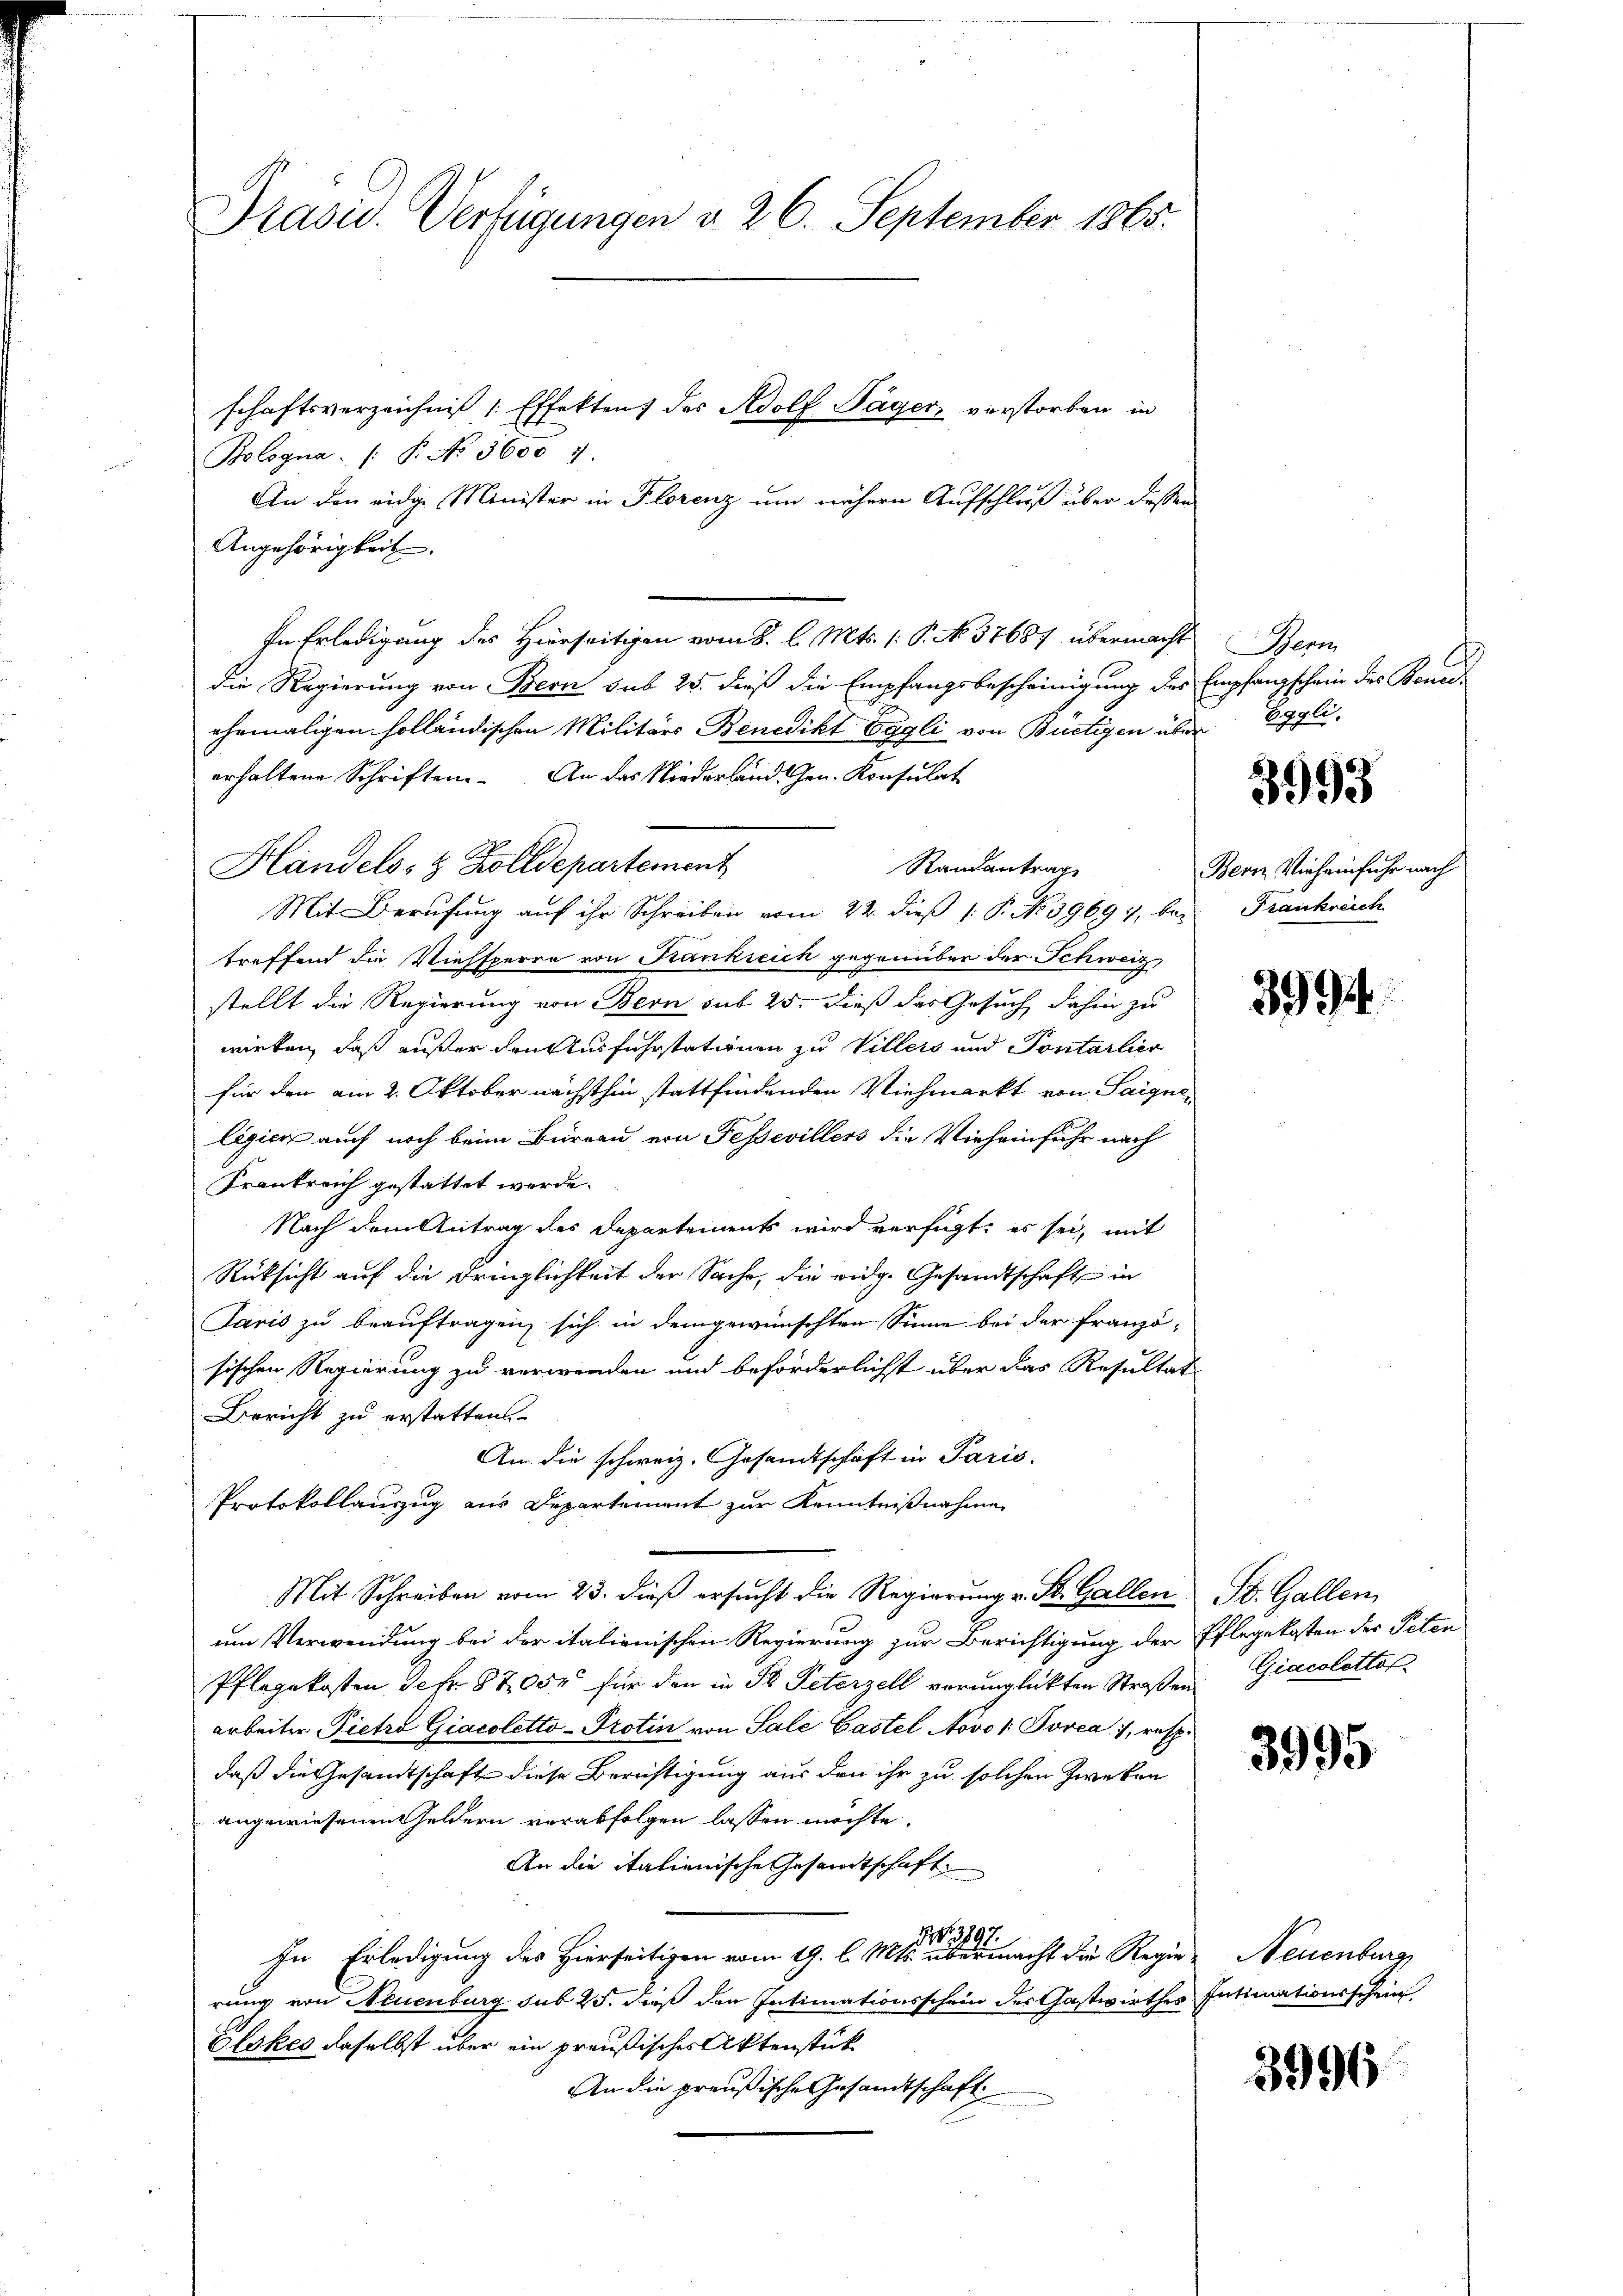
Präsid. Verfügungen d. 26. September 1865.

Bologna /: P. No 5600 1.
An den eidge Minister in Florenz um nähern Aufschluß über dessen
Angehörigkeit.
In Erledigung des Hierseitigen vom 8. l. Mts. 1. P. N. 37687 übermacht Bern
die Regierung von Bern sub 25. dieß die Empfangsbescheinigung des Empfangschein des Bonn-
ehemaligen holländischen Militärs Benedikt Eggli von Bürtigen über Egglierhaltene Schriften. An das Niederlandten. Konsulat
Handels- & Zolldepartement
Randantrag
Mit Berufung auf ihr Schreiben vom 22. dieß P. No. 39699, bei Frankreich
treffend die Viehsperre von Kankreich gegenüber der Schweiz
stellt die Regierung von Bern sub 25. dieß das Gesuch dahin zu
wirken, daß außer den Ausfuhrstationen zu Villers und Pontarlier
für den am 2. Oktober nächsthin stattfindenden Viehmarkt von Saignelegien auch noch beim Büreau von Fessevillers die Vieheinfuhr nach
Frankreich gestattet werde.
Nach dem Antrag des Departements wird verfügt, es sei, mit
Rücksicht auf die Dringlichkeit der Sache, die eidg. Gesandtschaft in
Paris zu beauftragen sich in demgewünschten Sinne bei der franzö-
sischen Regierung zu verwenden und beförderlichst über das Resultat
Bericht zu erstatten.
An die schweiz. Gesandtschaft in Paris.
Protokollauszug aus Departement zur Kenntnißnahme
Mit Schreiben vom 23. dieβ ersŭcht die Regierŭng v. St. Gallen St. Gallen
um Verwendung bei der italienischen Regierung zur Berichtigung der Pflegekosten der Peten
Pflegekosten Sefr. 870 Fr. für den in St. Peterzell verunglückten Straßen
arbeiter Pietro Giacoletto-Protin von Sale Gastel Novo / Povea, 1, resp.
daß die Gesandtschaft diese Berichtigung aus den ihr zu solchen Zweken
angewiesenen Geldern verabfolgen lassen möchte.
An die italienische Gesandtschaft
NNo. 3897.
In Erledigung des Hierseitigen vom 19. l. Mts. übermacht die Regie
rung von Neuenburg sub 25. dieß den Intimationsschein des Gastwirthes Intimationsschein
Glakes daselbst über ein preußischer Aktenstück
An die preußische Gesandtschaft

schaftsverzeichniß / Effekten des Adolf Tagen verstorben in

3993

Bern Vierheinfuhr nach

3994

Giacolettol

3995

Neuenburg

3996